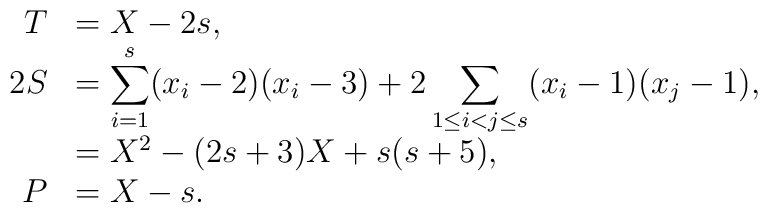
\begin{array}{rl}T&=X-2s, \\2S&=\displaystyle\sum_{i=1}^s(x_i-2)(x_i-3)+2\sum_{1\le i<j\le s}(x_i-1)(x_j-1), \\&=X^2-(2s+3)X+s(s+5), \\P&=X-s.\end{array}